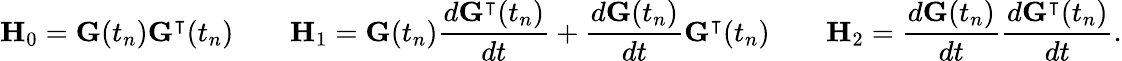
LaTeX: \mathbf{H}_{0}=\mathbf{G}(t_{n})\mathbf{G}^{\intercal}(t_{n})\qquad\mathbf{H}_{1}=\mathbf{G}(t_{n}){\frac{d\mathbf{G}^{\intercal}(t_{n})}{dt}}+{\frac{d\mathbf{G}(t_{n})}{dt}}\mathbf{G}^{\intercal}(t_{n})\qquad\mathbf{H}_{2}={\frac{d\mathbf{G}(t_{n})}{dt}}{\frac{d\mathbf{G}^{\intercal}(t_{n})}{dt}}{\mathrm{.}}